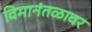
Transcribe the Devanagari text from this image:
विमानंतळावर